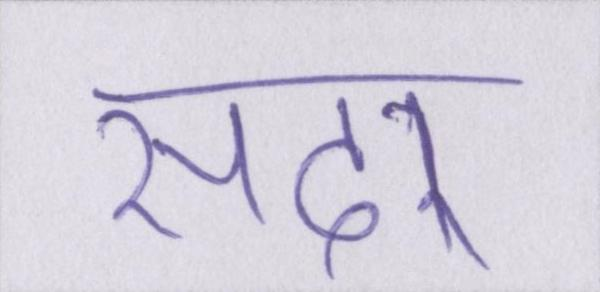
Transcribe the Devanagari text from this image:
सदर